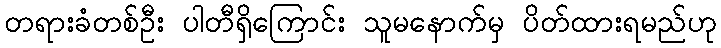
တရားခံတစ်ဦး ပါတီရှိကြောင်း သူမနောက်မှ ပိတ်ထားရမည်ဟု